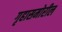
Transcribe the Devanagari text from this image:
गृहासमोरील